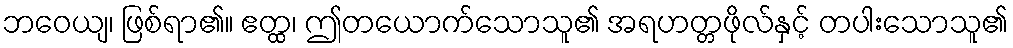
ဘဝေယျ၊ ဖြစ်ရာ၏။ ဧတ္ထ၊ ဤတယောက်သောသူ၏ အရဟတ္တဖိုလ်နှင့် တပါးသောသူ၏